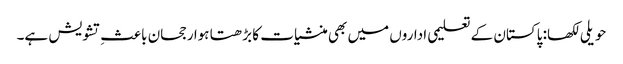
حویلی لکھا: پاکستان کے تعلیمی اداروں میں بھی منشیات کا بڑھتا ہوا رجحان باعثِ تشویش ہے۔